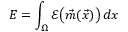
E = \int _ { \Omega } \mathcal { E } \big ( \vec { m } ( \vec { x } ) \big ) \, d x